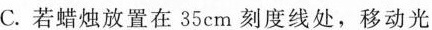
C.若蜡烛放置在35cm刻度线处，移动光